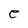
Character: e